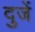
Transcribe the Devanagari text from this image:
दुजें